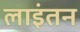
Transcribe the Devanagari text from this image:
लाइंतन